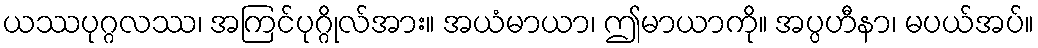
ယဿပုဂ္ဂလဿ၊ အကြင်ပုဂ္ဂိုလ်အား။ အယံမာယာ၊ ဤမာယာကို။ အပ္ပဟီနာ၊ မပယ်အပ်။